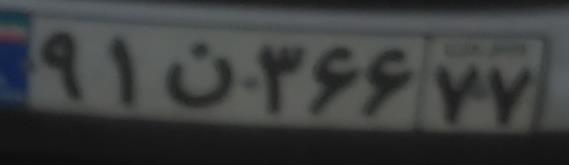
۹۱ن۳۶۶۷۷